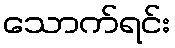
သောက်ရင်း